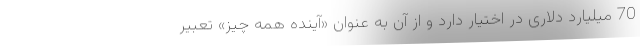
70 میلیارد دلاری در اختیار دارد و از آن به عنوان «آینده همه چیز» تعبیر